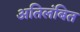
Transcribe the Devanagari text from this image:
अतिलंबित